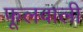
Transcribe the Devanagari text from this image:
फूलवाली